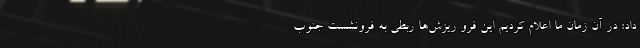
داد: در آن زمان ما اعلام کردیم این فرو ریزش‌ها ربطی به فرونشست جنوب